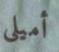
أميلي